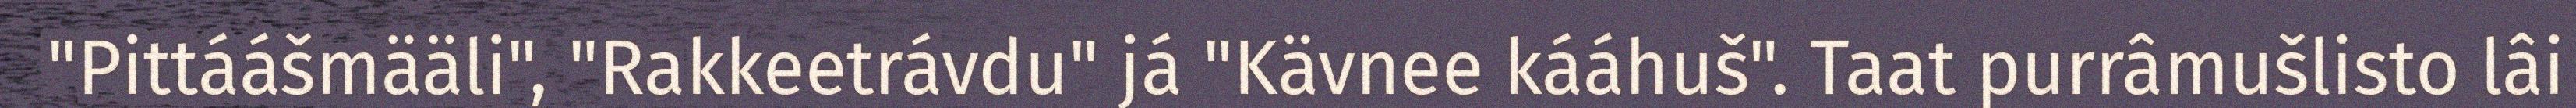
"Pittáášmääli", "Rakkeetrávdu" já "Kävnee kááhuš". Taat purrâmušlisto lâi